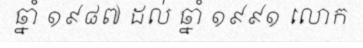
ឆ្នាំ ១៩៨៧ ដល់ ឆ្នាំ ១៩៩១ លោក